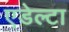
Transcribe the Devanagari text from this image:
एडेल्टा